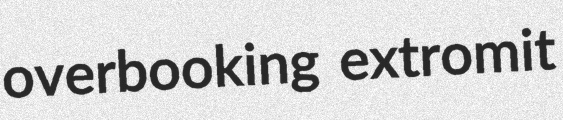
overbooking extromit